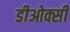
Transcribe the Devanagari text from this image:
डीओक्सी